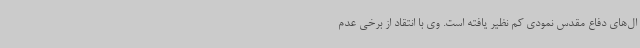
ال‌های دفاع مقدس نمودی کم نظیر یافته است. وی با انتقاد از برخی عدم